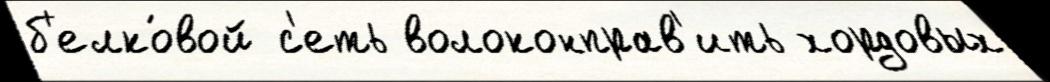
б'елко́вой с'еть волоконправ'ить хордовых